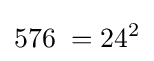
576\;=24^{2}